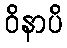
ဝိနာပိ